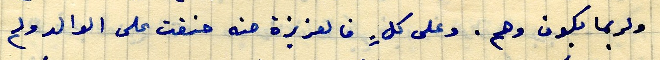
ولربما بكون وهم. وعلى كلٍ فالعزيزة حنه حنقت على الوالد ولم